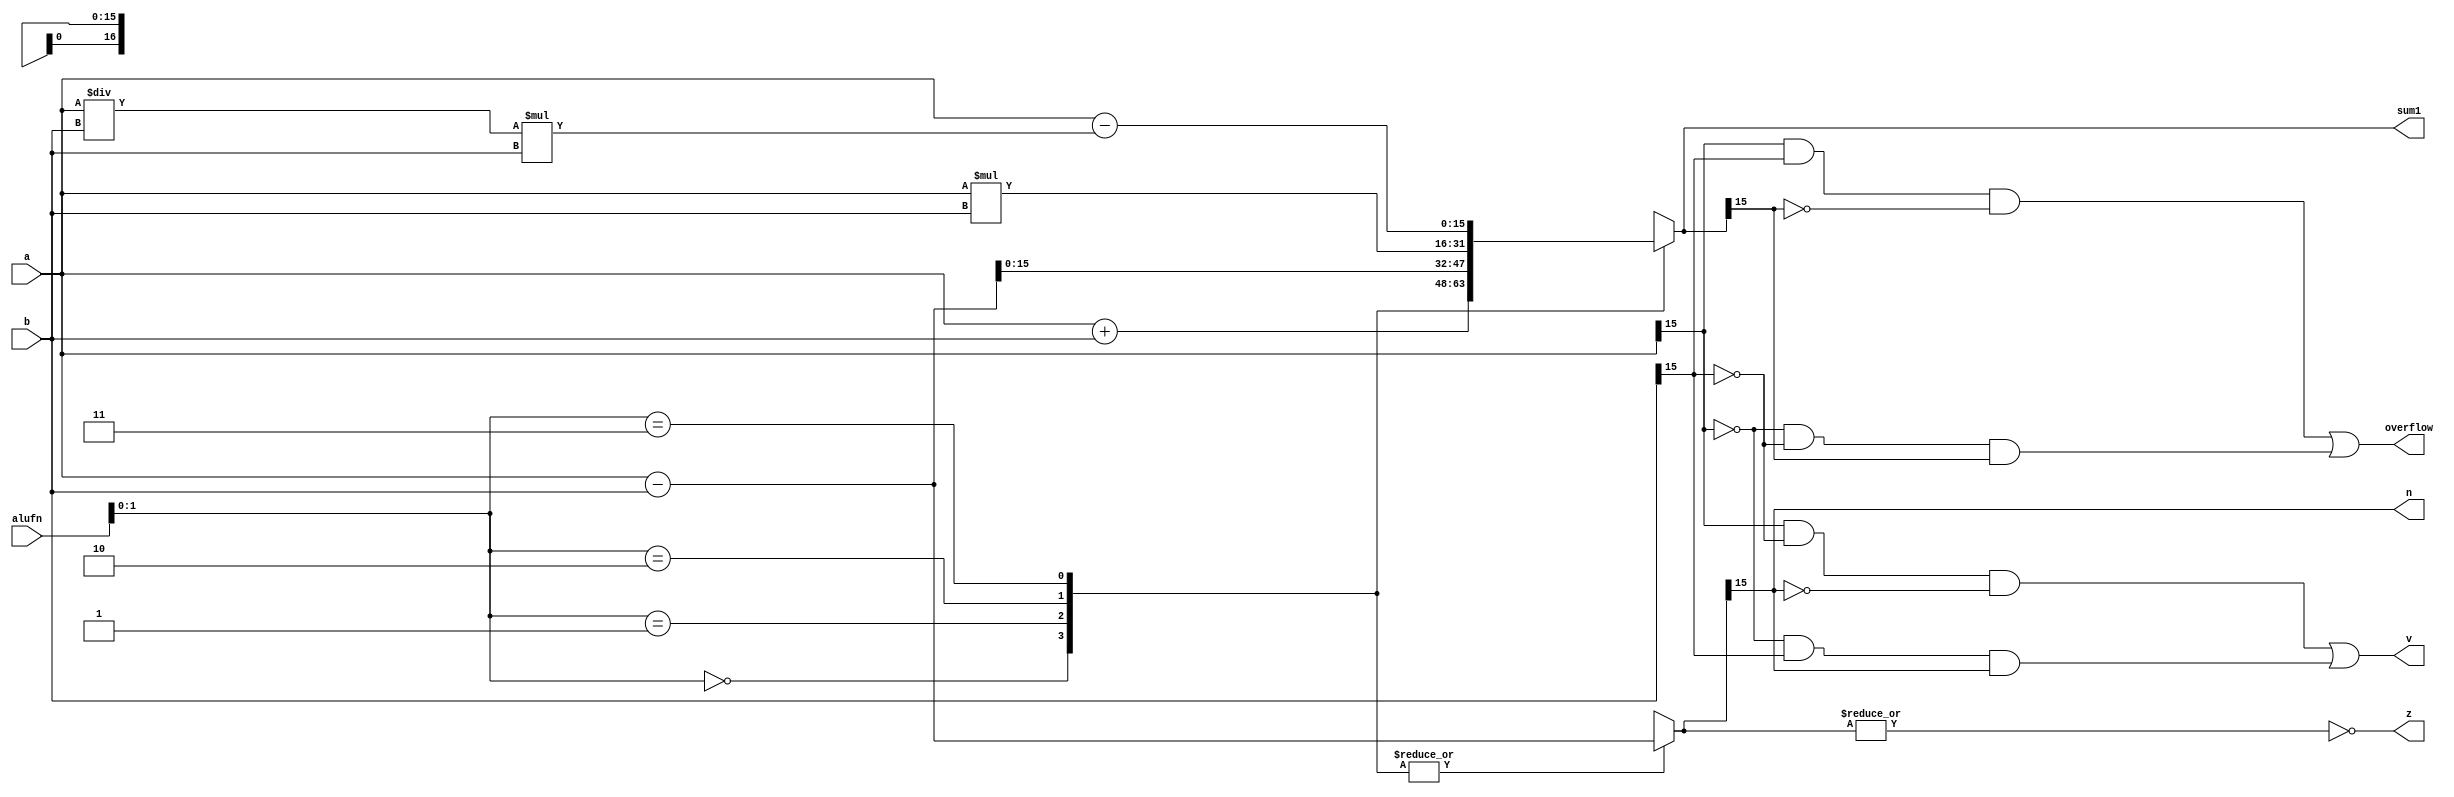
/*
   This file was generated automatically by the Mojo IDE version B1.3.6.
   Do not edit this file directly. Instead edit the original Lucid source.
   This is a temporary file and any changes made to it will be destroyed.
*/

module adder_13 (
    input [5:0] alufn,
    input [15:0] a,
    input [15:0] b,
    output reg [15:0] sum1,
    output reg z,
    output reg v,
    output reg n,
    output reg overflow
  );
  
  
  
  reg [16:0] ssum;
  
  reg [16:0] sum;
  
  always @* begin
    
    case (alufn[0+1-:2])
      2'h0: begin
        ssum = a - b;
        sum = a + b;
      end
      2'h1: begin
        ssum = a - b;
        sum = a - b;
      end
      2'h2: begin
        ssum = a - b;
        sum = a * b;
      end
      2'h3: begin
        ssum = a - b;
        sum = a - (a / b * b);
      end
      default: begin
        ssum = a - b;
        sum = a + b;
      end
    endcase
    overflow = (a[15+0-:1] & b[15+0-:1] & (~sum[15+0-:1])) | ((~a[15+0-:1]) & (~b[15+0-:1]) & sum[15+0-:1]);
    sum1 = sum[0+15-:16];
    v = (a[15+0-:1] & ~b[15+0-:1] & (~ssum[15+0-:1])) | ((~a[15+0-:1]) & (b[15+0-:1]) & ssum[15+0-:1]);
    n = ssum[15+0-:1];
    z = (~|ssum);
  end
endmodule